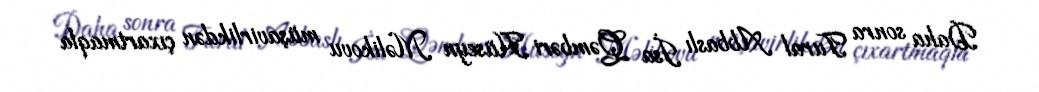
Daha sonra Tural Abbaslı İsa Qəmbəri Hüseyn Məlikovu müşavirlikdən çıxartmaqla